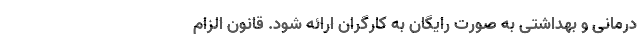
درمانی و بهداشتی به صورت رایگان به کارگران ارائه شود. قانون الزام